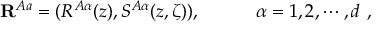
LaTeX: { \bf R } ^ { A a } = ( R ^ { A \alpha } ( z ) , S ^ { A \alpha } ( z , \zeta ) ) , \quad \quad \quad \alpha = 1 , 2 , \cdots , d \ ,